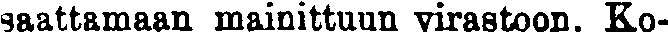
saattamaan mainittuun virastoon. Ko-